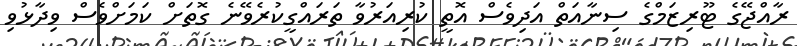
ރާއްޖޭގެ ޓޫރިޒަމްގެ ސިނާއަތް އަދިވެސް އޮތީ ކުރިއަރުވާ ތަރައްގީކުރެވޭނެ ގޮތަށް ކަމަށްވެސް ވިދާޅުވި